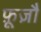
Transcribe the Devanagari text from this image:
फ़ूज़ौ